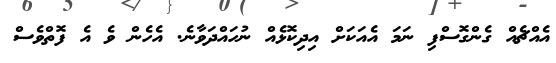
އެއްޗެއް ގެންގޮސްފި ނަމަ އެއަކަށް އިދިކޮޅެއް ނުހައްދަވާނެ. އެހެން ވެ އެ ފޮތްވެސް